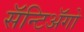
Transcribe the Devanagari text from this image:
सॅन्टिॲगो